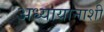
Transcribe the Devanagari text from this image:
अध्यायानाशी